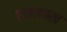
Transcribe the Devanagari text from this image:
एनलपख